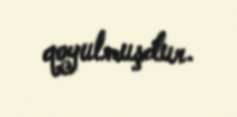
qoyulmuşdur.